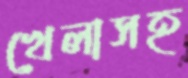
খেলাসহ